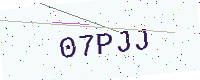
Text: 07PJJ